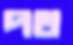
পথ